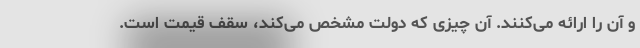
و آن را ارائه می‌کنند. آن چیزی که دولت مشخص می‌کند، سقف قیمت است.